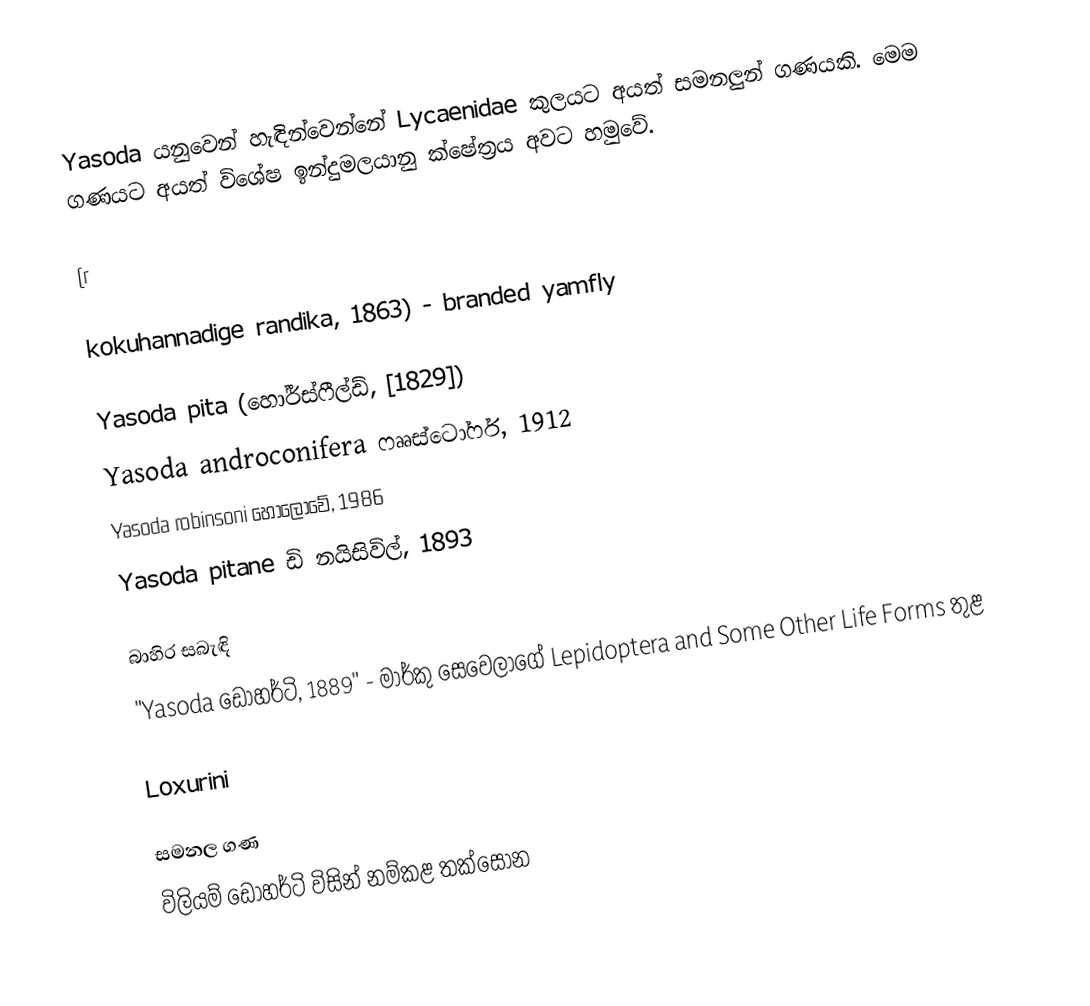
Yasoda යනුවෙන් හැඳින්වෙන්නේ Lycaenidae කුලයට අයත් සමනලුන් ගණයකි. මෙම ගණයට අයත් විශේෂ ඉන්දුමලයානු ක්ෂේත්‍රය අවට හමුවේ.

(r

kokuhannadige randika, 1863) - branded yamfly

Yasoda pita (හෝර්ස්ෆීල්ඩ්, [1829])
Yasoda androconifera ෆෲස්ටෝෆර්, 1912
Yasoda robinsoni හොලොවේ, 1986
Yasoda pitane ඩි නයිසිවිල්, 1893

බාහිර සබැඳි
"Yasoda ඩොහර්ටි, 1889" - මාර්කු සෙවෙලාගේ Lepidoptera and Some Other Life Forms තුළ

Loxurini

සමනල ගණ
විලියම් ඩොහර්ටි විසින් නම්කළ තක්සෝන